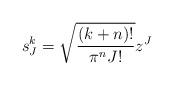
LaTeX: \begin{align*}s_{J}^{k}=\sqrt{\frac{(k+n)!}{\pi^{n}J!}}z^{J}\end{align*}